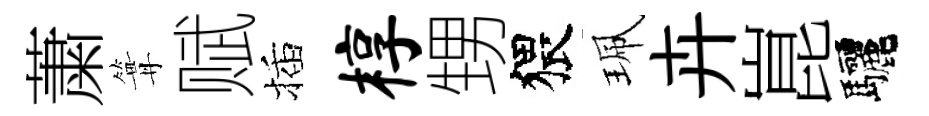
䔥篝赋插椁甥猥珮卉崑驅